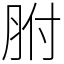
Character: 胕